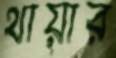
থায়ার